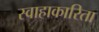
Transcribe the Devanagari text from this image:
स्वाहाकारिता